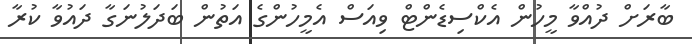
ބާރަށް ދުއްވާ މީހުން އެކްސިޑެންޓް ވިއަސް އެމީހުންގެ އަތުން ބަދަލުނަގާ ދައުވާ ކުރާ